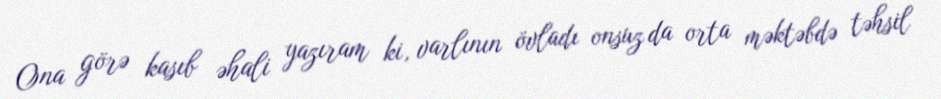
Ona görə kasıb əhali yazıram ki, varlının övladı onsuz da orta məktəbdə təhsil